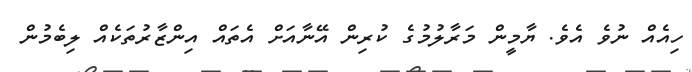
ހިއެއް ނުވެ އެވެ. ޔާމީން މަރާލުމުގެ ކުރިން އޭނާއަށް އެތައް އިންޒާރުތަކެއް ލިބެމުން